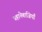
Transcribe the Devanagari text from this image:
बहानेबाजियाँ